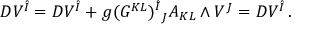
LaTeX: D V ^ { \hat { I } } = { \cal D } V ^ { \hat { I } } + g ( G ^ { K L } ) _ { ~ J } ^ { \hat { I } } A _ { K L } \wedge V ^ { J } = { \cal D } V ^ { \hat { I } } \, .